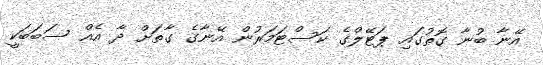
އޭނާ ބުނާ ގޮތުގައި ޕަޓޭލްގެ ކަސްޓަމަރުން އޭނާގެ ގާތަށް ދާ އެއް ސަބަބަކީ